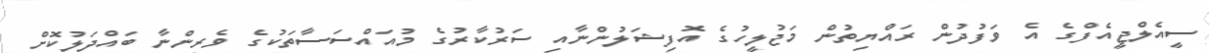
ސީއެލްޖީއެފްގެ އެ ވަފުދުން ރައްޔިތުން މަޖުލީހުގެ އޮފިޝަލުންނާއި ސަރުކާރުގެ މުއައްސަސާތަކުގެ ވެރިންނާ ބައްދަލުކޮށް